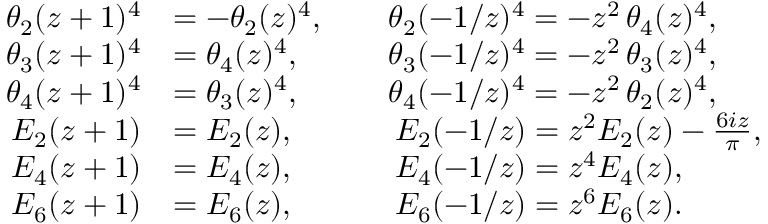
\begin{array} { r l } { \theta _ { 2 } ( z + 1 ) ^ { 4 } } & { = - \theta _ { 2 } ( z ) ^ { 4 } , \qquad \theta _ { 2 } ( - 1 / z ) ^ { 4 } = - z ^ { 2 } \, \theta _ { 4 } ( z ) ^ { 4 } , } \\ { \theta _ { 3 } ( z + 1 ) ^ { 4 } } & { = \theta _ { 4 } ( z ) ^ { 4 } , \phantom { - } \qquad \theta _ { 3 } ( - 1 / z ) ^ { 4 } = - z ^ { 2 } \, \theta _ { 3 } ( z ) ^ { 4 } , } \\ { \theta _ { 4 } ( z + 1 ) ^ { 4 } } & { = \theta _ { 3 } ( z ) ^ { 4 } , \phantom { - } \qquad \theta _ { 4 } ( - 1 / z ) ^ { 4 } = - z ^ { 2 } \, \theta _ { 2 } ( z ) ^ { 4 } , } \\ { E _ { 2 } ( z + 1 ) } & { = E _ { 2 } ( z ) , \qquad \quad \, E _ { 2 } ( - 1 / z ) = z ^ { 2 } E _ { 2 } ( z ) - \frac { 6 i z } { \pi } , } \\ { E _ { 4 } ( z + 1 ) } & { = E _ { 4 } ( z ) , \qquad \quad \, E _ { 4 } ( - 1 / z ) = z ^ { 4 } E _ { 4 } ( z ) , } \\ { E _ { 6 } ( z + 1 ) } & { = E _ { 6 } ( z ) , \qquad \quad \, E _ { 6 } ( - 1 / z ) = z ^ { 6 } E _ { 6 } ( z ) . } \end{array}